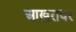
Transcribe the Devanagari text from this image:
आखरावर